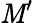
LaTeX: \mathit{M}^{\prime}